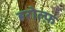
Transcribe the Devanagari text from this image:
हरोल्फ़